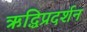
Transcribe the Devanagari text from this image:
ऋद्धिप्रदर्शन